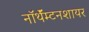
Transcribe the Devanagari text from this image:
नॉर्थॅम्टनशायर